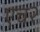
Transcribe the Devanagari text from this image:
एच२